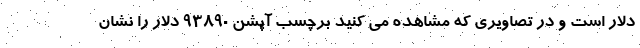
دلار است و در تصاویری که مشاهده می کنید برچسب آپشن 93890 دلار را نشان